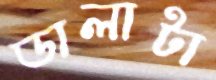
ডালাটা